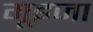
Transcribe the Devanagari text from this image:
गूइजा